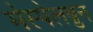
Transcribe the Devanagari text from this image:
मेस्पेलब्रुन